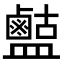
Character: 𪉶